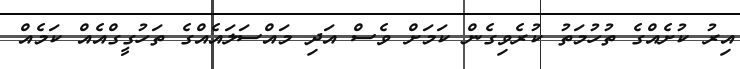
އިރު ކުށެއްގެ ތުހުމަތު ކުރެވިގެން ކަމަށް ވެސް އަދި މައްސަލައެއްގެ ތަހުގީގްއެއް ކަމެއް